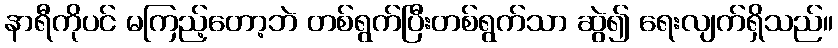
နာရီကိုပင် မကြည့်တော့ဘဲ တစ်ရွက်ပြီးတစ်ရွက်သာ ဆွဲ၍ ရေးလျက်ရှိသည်။